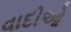
વાદીઓ